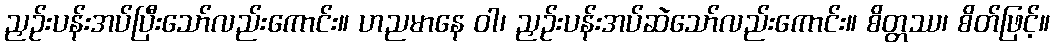
ညှဉ်းပန်းအပ်ပြီးသော်လည်းကောင်း။ ဟညမာနေ ဝါ၊ ညှဉ်းပန်းအပ်ဆဲသော်လည်းကောင်း။ စိတ္တဿ၊ စိတ်ဖြင့်။